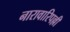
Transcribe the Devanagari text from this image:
नारावारिपल्ली